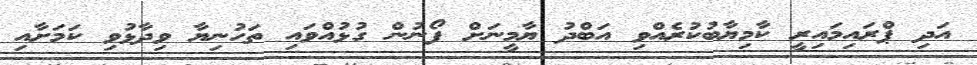
އަދި ޕްރައިމަައިރީ ކާމިޔާބުކުރެއްވި އަބްދު ޔާމީނަށް ފޯނުން ގުޅުއްވައި ތަހުނިޔާ ވިދާޅުވި ކަމަށާއި